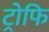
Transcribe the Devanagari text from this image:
ट्रोफि